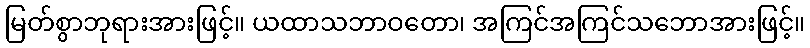
မြတ်စွာဘုရားအားဖြင့်။ ယထာသဘာဝတော၊ အကြင်အကြင်သဘောအားဖြင့်။